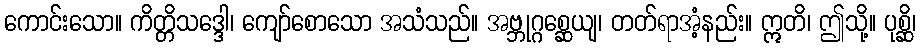
ကောင်းသော။ ကိတ္တိသဒ္ဒေါ၊ ကျော်စောသော အသံသည်။ အဗ္ဘုဂ္ဂစ္ဆေယျ၊ တတ်ရာအံ့နည်း။ ဣတိ၊ ဤသို့။ ပုစ္ဆိ၊